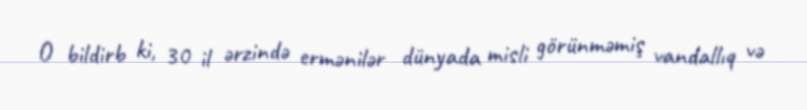
O bildirb ki, 30 il ərzində ermənilər dünyada misli görünməmiş vandallıq və